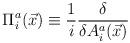
LaTeX: \begin{align*}\Pi_i^a(\vec x)\equiv \frac{1}{i}\frac{\delta}{\delta A_i^a(\vec x)}\end{align*}